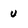
Character: u